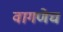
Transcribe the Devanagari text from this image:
वागणेच